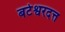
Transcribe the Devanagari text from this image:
बटेश्वरदत्त